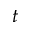
t